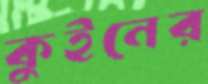
কুইনের